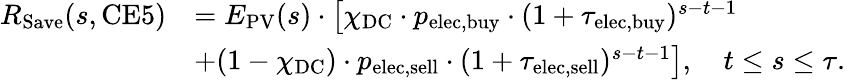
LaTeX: \begin{array}{rl}{R_{\mathrm{Save}}(s,\mathrm{CE}5)}&{=E_{\mathrm{PV}}(s)\cdot\left[\chi_{\mathrm{DC}}\cdot p_{\mathrm{elec},\mathrm{buy}}\cdot(1+\tau_{\mathrm{elec},\mathrm{buy}})^{s-t-1}\right.}\\ &{\left.+(1-\chi_{\mathrm{DC}})\cdot p_{\mathrm{elec},\mathrm{sell}}\cdot(1+\tau_{\mathrm{elec},\mathrm{sell}})^{s-t-1}\right],\quad t\leq s\leq\tau.}\end{array}